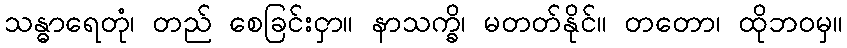
သန္ဓာရေတုံ၊ တည် စေခြင်းငှာ။ နာသက္ခိ၊ မတတ်နိုင်။ တတော၊ ထိုဘဝမှ။